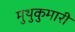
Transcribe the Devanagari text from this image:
मुथुकुमारी